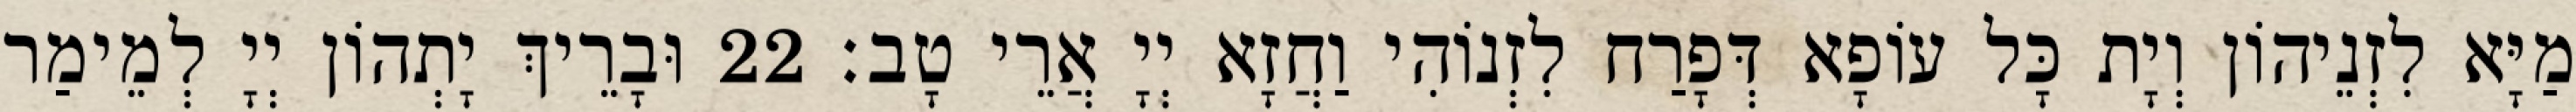
מַיָּא לִזְנֵיהוֹן וְיָת כָּל עוֹפָא דְּפָרַח לִזְנוֹהִי וַחֲזָא יְיָ אֲרֵי טָב׃ 22 וּבָרֵיךְ יָתְהוֹן יְיָ לְמֵימַר